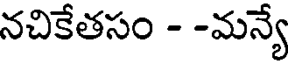
నచికేతసం - -మన్యే